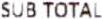
SUB TOTAL